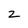
Character: z